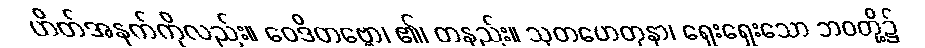
ဟိတ်အနက်ကိုလည်း။ ဝေဒိတဗ္ဗော၊ ၏၊ တနည်း။ သုတဟေတုနာ၊ ရှေးရှေးသော ဘဝတို့၌